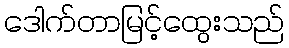
ဒေါက်တာမြင့်ထွေးသည်